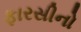
ફારસીનો